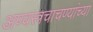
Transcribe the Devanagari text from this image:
अण्वस्त्रचाचण्यांच्या